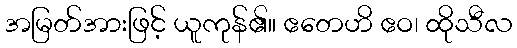
အမြတ်အားဖြင့် ယူကုန်၏။ ဧတေဟိ ဧဝ၊ ထိုသီလ